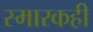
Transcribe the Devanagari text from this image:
स्मारकही